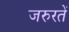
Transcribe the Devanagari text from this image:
जरुरतें